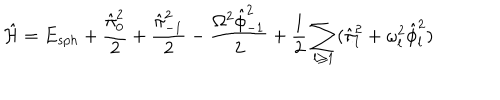
\hat { \cal H } = E _ { s p h } + { \frac { \hat { \pi } _ { 0 } ^ { 2 } } { 2 } } + { \frac { \hat { \pi } _ { - 1 } ^ { 2 } } { 2 } } - { \frac { \Omega ^ { 2 } \hat { \phi } _ { - 1 } ^ { 2 } } { 2 } } + { \frac { 1 } { 2 } } \sum _ { l \ge 1 } ( \hat { \pi } _ { l } ^ { 2 } + \omega _ { l } ^ { 2 } \hat { \phi } _ { l } ^ { 2 } )